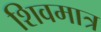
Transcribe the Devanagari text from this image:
शिवमात्र